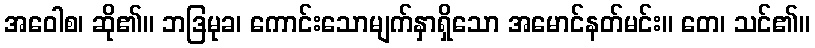
အဝေါစ၊ ဆို၏။ ဘဒြမုခ၊ ကောင်းသောမျက်နှာရှိသော အမောင်နတ်မင်း။ တေ၊ သင်၏။